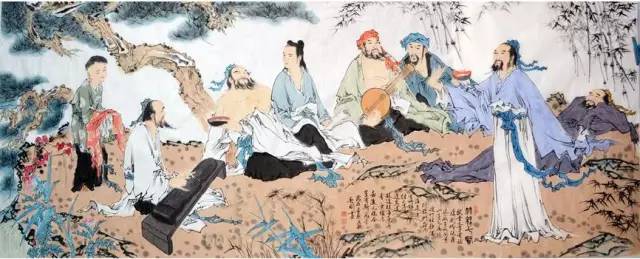
小来思报国，不是爱封侯。